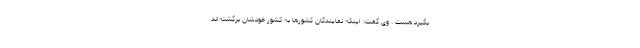
بگیرد هست . وی گفت: اینکه نمایندگان کشورها به کشور خودشان برگشته‌اند